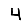
Digit: 4